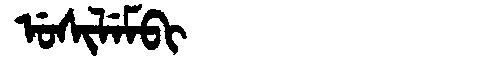
Manchu: ᡠᠰᡳᠯᡝᠮᠪᡳ
Romanization: USILEMBI